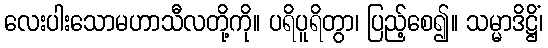
လေးပါးသောမဟာသီလတို့ကို။ ပရိပူရိတွာ၊ ပြည့်စေ၍။ သမ္မာဒိဋ္ဌိံ၊